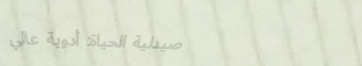
صيدلية الحياة: أدوية عالي